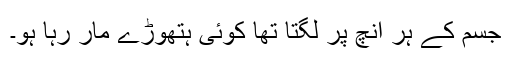
جسم کے ہر انچ پر لگتا تھا کوئی ہتھوڑے مار رہا ہو۔